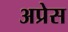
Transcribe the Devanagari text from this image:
अप्रेस